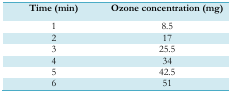
| Time (min) | Ozone concentration (mg) |
 | --- | --- |
 | 1 | 8.5 |
 | 2 | 17 |
 | 3 | 25.5 |
 | 4 | 34 |
 | 5 | 42.5 |
 | 6 | 51 |